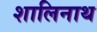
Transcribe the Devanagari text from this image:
शालिनाथ